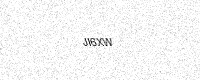
Text: JI6XW